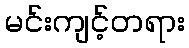
မင်းကျင့်တရား